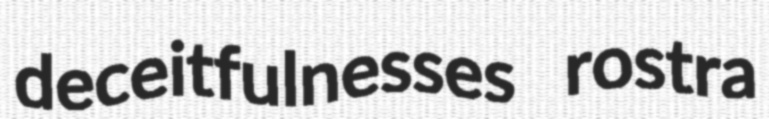
deceitfulnesses rostra